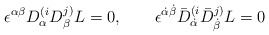
\begin{align*}\epsilon^{\alpha\beta} D^{(i}_{\alpha} D^{j)}_{\beta} L =0, \qquad \epsilon^{\dot\alpha\dot\beta} \bar D^{(i}_{\dot\alpha}\bar D^{j)}_{\dot\beta} L = 0\end{align*}